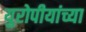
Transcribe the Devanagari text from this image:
युरोपीयांच्या